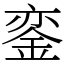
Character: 銮